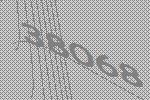
38068